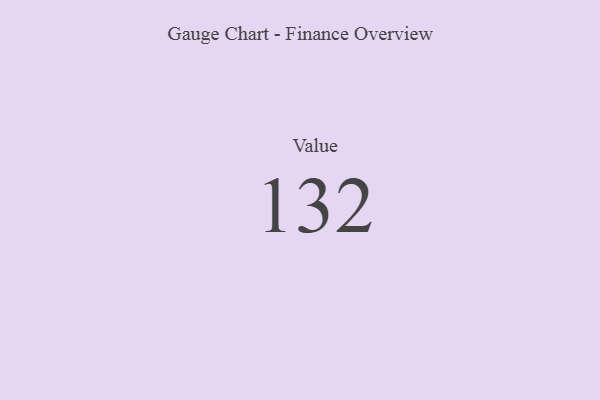
{"axis": {"x": "Metric", "y": "Value"}, "legend": [""], "data": [{"x": "Value", "y": 132, "type": ""}]}